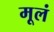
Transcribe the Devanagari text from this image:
मूलं